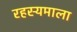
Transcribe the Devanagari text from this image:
रहस्यमाला